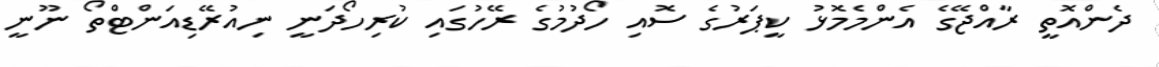
ދެންއޮތީ ރާއްޖޭގެ އެންމެމޮޅު ކީޕަރުގެ ސޮއި ހޯދުމުގެ ރޭހުގައި ކުރިހޯދަނީ ނިއުރޭޑިއަންޓްތޯ ނޫނީ